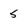
Character: 5